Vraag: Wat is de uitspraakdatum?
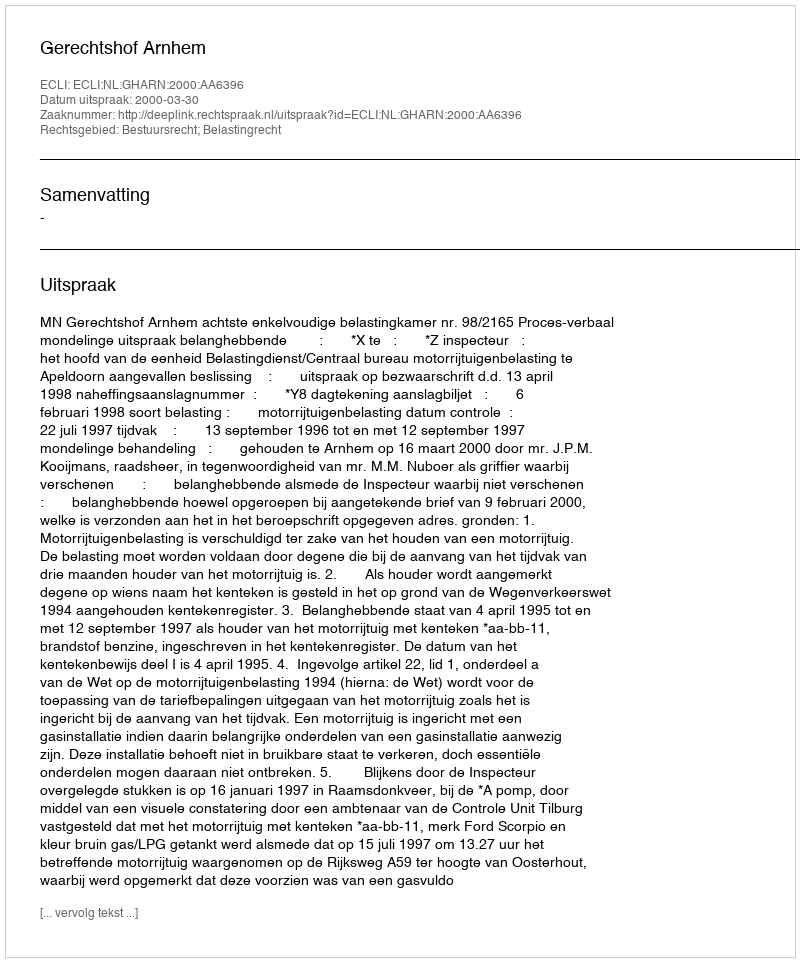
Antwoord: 2000-03-30